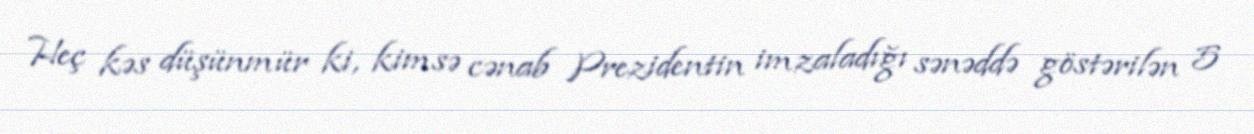
Heç kəs düşünmür ki, kimsə cənab Prezidentin imzaladığı sənəddə göstərilən 5